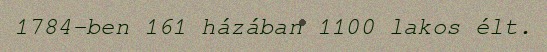
1784-ben 161 házában 1100 lakos élt.